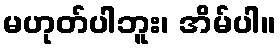
မဟုတ်ပါဘူး၊ အိမ်ပါ။